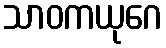
သာဝကယုဂေ